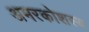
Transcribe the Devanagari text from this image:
अमरकोशस्य